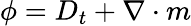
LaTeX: \phi=D_{t}+\nabla\cdot m